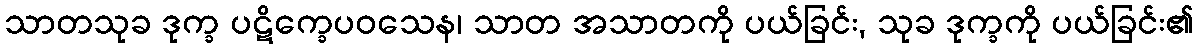
သာတသုခ ဒုက္ခ ပဋိက္ခေပဝသေန၊ သာတ အသာတကို ပယ်ခြင်း, သုခ ဒုက္ခကို ပယ်ခြင်း၏